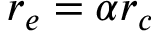
r _ { e } = \alpha r _ { c }